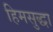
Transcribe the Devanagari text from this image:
हिमसुद्धा